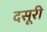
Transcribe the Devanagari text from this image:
दसूरी